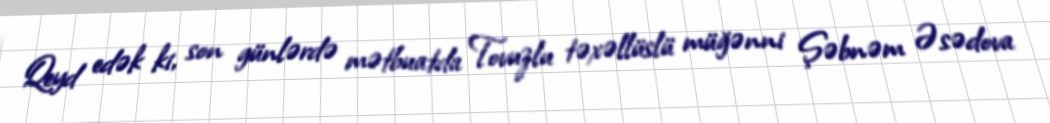
Qeyd edək ki, son günlərdə mətbuatda Tovuzlu təxəllüslü müğənni Şəbnəm Əsədova